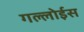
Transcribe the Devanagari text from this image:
गल्लोईस